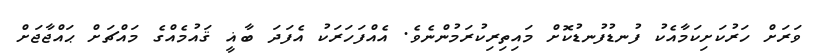
ވަރަށް ހަރުކަށިކަމާއެކު ފުނޑުފުނޑުކޮށް މައިތިރިކުރަމުންނެވެ. އެއްފަހަރަކު އެފަދަ ބާޣީ ޤައުމެއްގެ މައްޗަށް ޙައްޖާޖަށް